Calcutta medical institutions reports 1892-1900
Year: 1892
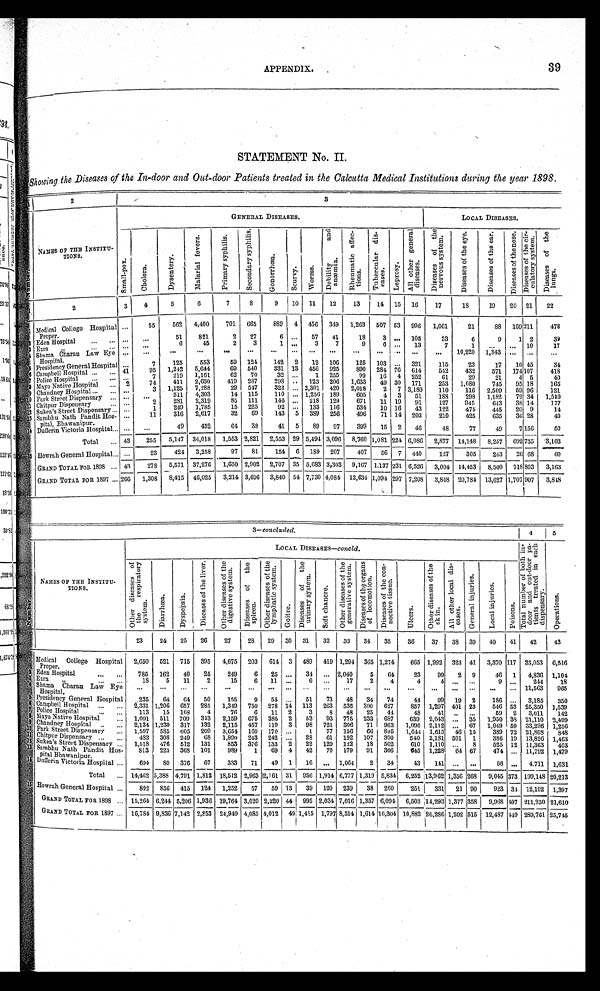
APPENDIX.
39
STATEMENT No. II.
Showing the Diseases of the In-door and Out-door Patients treated in the Calcutta Medical Institutions during the year 1898.
1
2
3
N u m b e r .
NAMES OF THE INSTITU-
TIONS.
GENERAL DISEASES.
LOCAL DISEASES.
S m a l l - p o x .
C h o l e r a .
D y s e n t e r y .
M a l a r i a l f e v e r s .
P r i m a r y s y p h i l i s .
S e c o n d a r y s y p h i l i s .
G o n o r r h œ a
S c u r v y .
W o r m s .
D e b i l i t y a n d a n æ m i a .
R h e u m a t i c a f f e c - t i o n s .
T u b e r c u l a r d i s - e a s e s .
L e p r o s y .
A l l o t h e r g e n e r a l d i s e a s e s .
D i s e a s e s o f t h e n e r v o u s s y s t e m .
D i s e a s e s o f t h e e y e .
D i s e a s e s o f t h e e a r .
D i s e a s e s o f t h e n o s e .
D i s e a s e s o f t h e c i r - c u l a t o r y s y s t e m .
D i s e a s e s o f t h e l u n g s .
3
4
5
6
7
8
9
10
11
12
13
14
15
16
17
18
19
20
21
22
1
2
1
Medical College Hospital
Proper.
. . .
55
562
4,400
701
665
889
4
456
349
1,263
507 53
996
1,061
21
88
169
2 1 1
478
. . .
. . .
51
821
2
27
6
. . .
57
41
18
3
. . . 105
33
6
9
1 2
39
2 Eden Hospital . . .
. . .
6
45
2
3
1
. . .
3
7
9
6
. . .
13
7
1
. . .
. . .
10
17
. . .
3 3 Ezra
" . . .
. . .
. . .
. . .
. . .
. . .
. . .
. . .
. . .
. . .
. . .
. . .
. . .
. . .
. . .
1 0 , 2 2 0
1 , 3 4 3
. . .
. . .
. . .
. . .
4 Shama charan Law Eye
Hospital.
. . .
7
125
553
59
124
142
2
12
106
125
103
. . .
321
115
23
17
10 45
34
5 Presidency General Hospital
95
1,242
5,644
69
540
331 13
456
925
890
284 76
614
542
432
571
174 107
418
41
6 Campbell Hospital . . .
7
219
1,161
62
70
32
. . .
1
255
99
16
4
252
61
29
21
4 5
40
. . .
7 Police Hospital . . .
74
411
2,630
419
287
298
. . .
123
206
1,633
49 30
171
253
1,080
745
95 18
165
2
8 Mayo Native Hospital . . .
3
1,125
7,288
29
547
322
. . . 2,301
420
2,018
2
7 3,180
110
116
2,509
59 96
121
. . .
9 Chandney Hospital . . .
. . .
511
4,303
14
115
110
. . . 1,256 189
605
4
3
51
188
298
1,182
79 34
1,510
. . .
1 0 Park Street Dispensary . . .
281
2,319
85
111
146
. . .
218
129
671
11 19
91
127
945
643
38 14
177
2
. . .
1 1 Chitpur Dispensary . . .
249
1,785
15
225
92
. . . 133
116
534
10 16
43
122
475
445
20 9
14
1
. . .
1 2 Sukea ' s Street Dispensary . . .
11
316
2,617
32
69
143
5
389
256
496
71 14
203
210
425
635
36 28
40
. . .
1 3
Sambhu Nath Pandit Hos-
pital, Bhawanipur.
. . .
. . .
49
452
64
38
41
5
89
97
399
15
2
46
48
77
49
7 156
50
1 4 Dufferin Victoria Hospital
. . .
Total
. . . 43
255
5,147
34,018
1,553 2,821
2,553 29 5,494 3,096
8,760 1,081 224 6,086
2,877
14,148
8,257
692 735
3,103
15 Howrah General Hospital . . .
. . .
23
424
3,258
97
81
154
6
__
189
207
407
56
7
440
127
305
243
26 68
6 0
GRAND TOTAL FOR 1898 . . .
43
278
5,571
37,276
1,650 2,902
2,707 35 5,683 3,303
9,167
_
1.137 231 6,526
3,004
14,453
8,500
718 803
3,163
GRAND TOTAL FOR 1897 . . . 266
1,308
8,415
46,025
3,214 3,696
3,840 54 7,730 4,084 12,634 1,094 297 7,208
3,848 20,784 13,627 1,707 907
3,848
3–
concluded.
4
5
N u m b e r.
NAMES OF THE INSTITU-
TIONS.
LOCAL DISEASES— concld .
T o t a l n u m b e r o f b o t h i n - d o o r a n d o u t - d o o r p a - t i e n t s t r e a t e d i n e a c h d i s p e n s a r y .
O p e r a t i o n s .
O t h e r d i s e a s e s o f t h e r e s p i r a t o r y s y s t e m .
D i a r r h œ a .
D y s p e p s i a .
D i s e a s e s o f t h e l i v e r .
O t h e r d i s e a s e s o f t h e d i g e s t i v e s y s t e m .
D i s e a s e s o f t h e s p l e e n .
O t h e r d i s e a s e s o f t h e l y m p h a t i c s y s t e m .
G o i t r e .
D i s e a s e s o f t h e u r i n a r y s y s t e m .
S o f t c h a n c r e .
O t h e r d i s e a s e s o f t h e g e n e r a t i v e s y s t e m .
D i s e a s e s o f t h e o r g a n s o f l o c o m o t i o n .
D i s e a s e s o f t h e c o n - n e c t i v e t i s s u e .
U l c e r s .
O t h e r d i s e a s e s o f t h e s k i n .
A l l o t h e r l o c a l d i s - e a s e s .
G e n e r a l i n j u r i es.
L o c a l i n j u r i e s .
P o i s o n s .
23
24
25
26
27
28
29
30
31
32
33
34
35
36
37
38
39
40
41
42
43
1
Medical
College Hospital
Proper.
2,650
521
715
395
4,675
203
614
3
489
419 1,294
365 1,274
665 1,992
323 41
3,370 117
33,053
6,516
2 Eden Hospital . . .
785
162
40
25
249
6
25
. . .
34
. . . 2,040
5
64
23
99
2
9
46
1
4,836 1,104
3
E z r a ” . . .
18
5
11
2
15
6
11
. . .
6
. . .
17
2
4
4 4
. . .
. . .
9
. . .
244
18
4 Shama Charan Law Eye
Hospital.
. . .
. . .
. . .
. . .. . .
. . .
. . .
. . .
. . .
. . .
. . .
. . .
. . .
. . . . . .
. . .
. . .
. . .
. . . 11,563
965
5 Presidency General Hospital
235
64
64
50
155
9
55
. . .
51
73
48
34
74
44
99
19
2
186
. . .
3,185
350
6 Campbell Hospital . . .
2,331 1,206
657
285
1,349
750
278 14
113
263
536
300
627
857
1,297 401 23
546 53
25,350 1,539
7
P o l i c e H o s p i t a l . . .
113
15
168
4
76
6
11
2
3
8
48
25
44
48
41
. . .
. . .
59
2
3,011
142
8
M a y o N a t i v e H o s p i t a l . . .
1,091
511
709
343
2,159
675
385
2
53
93
775
233
687
639
2,043
. . .
35
1,950 38 21,110 2,499
9 Chandney Hospital . . .
2,134 1,230
317
132
2,115
457
119
3
98
721
306
71
963
1,090 2,112
. . .
67
1,049 59 33,296
1,256
Park Street Dispensary . . .
1 0
1,597
585
605
209
3,654
1 6 0 170
. . .
1
77
1 5 6 66
895
1,044 1,615
46 15
389 72 21,808
8 4 8
1 1 Chitpur Dispensary . . .
483
308
249
68
1, 890
243
242
. . .
28
61
192
107
300
540
2,181 501
1
386 19 13,826 1, 463
1 2 Sukea's Street Dispensary . . .
1,518
476
512
131
853
376
133
2
22
129
122
18
502
610
1,110
. . .
8
525 12 11,363
403
1 3
Sambhu Nath Pandit Hos-pital Bhawanipur.
813
225
368
101
989
1
69
4
42
70
179
91
366
645 1,228
64 67
474
. . . 11,792 1,479
1 4 Dufferin Victoria Hospital . . .
694
80
376
67
333
71
49
1
16
. . . 1,064
2
34
43
141
. . .
. . .
56
. . .
4,711 1,631
Total
. . . 14,462 5,388 4,791 1,812 18,512 2,963 2,161 31
956 1,914 6,777 1,319 5,834
6 , 2 5 2 13,962 1,356 268
9,045 373 199,148 20,213
1 5 Howrah General Hospital . . .
802
856
415
124
1,252
57
59 13
39
120
239
38
260
251
331
21 90
923 34 12,102
1,397
GRAND TOTAL FOR 1898 . . . 15,264 6,244 5,206 1,936 19,764 3,020 2,220 44
995 2,034 7,016 1,357 6,094
6,503 14,293 1,377 358
9,968 407 211,250 21,610
GRAND TOTAL FOR 1897 . . .
16,784 9,836 7,142 2,853 24,949 4,085 4,012
49 1,415 1,797 8,514 1,614 10,304 10,882 26,286 1,202 515 12,487 449 289,761 25,745